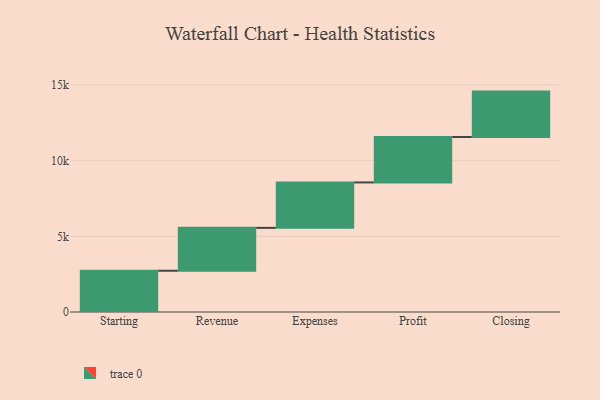
{"axis": {"x": "Step", "y": "Value"}, "legend": [""], "data": [{"x": "Starting", "y": 2724.0, "type": ""}, {"x": "Revenue", "y": 2833.0, "type": ""}, {"x": "Expenses", "y": 3000, "type": ""}, {"x": "Profit", "y": 3000, "type": ""}, {"x": "Closing", "y": 3000, "type": ""}]}